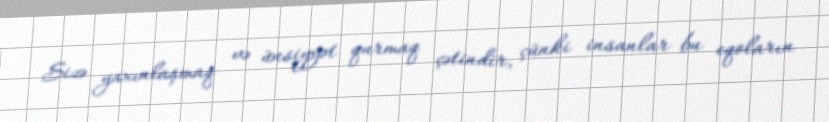
Sizə yaxınlaşmaq və ünsiyyət qurmaq çətindir, çünki insanlar bu eqoların